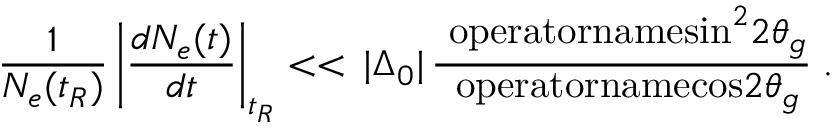
\frac { 1 } { N _ { e } ( t _ { R } ) } \left| \frac { d N _ { e } ( t ) } { d t } \right| _ { t _ { R } } < < \, | \Delta _ { 0 } | \, \frac { \mathrm { \ o p e r a t o r n a m e { s i n } } ^ { 2 } 2 \theta _ { g } } { \mathrm { \ o p e r a t o r n a m e { c o s } } 2 \theta _ { g } } \; .